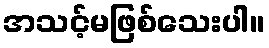
အသင့်မဖြစ်သေးပါ။